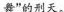
舞”的刑天。